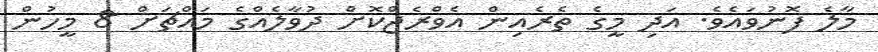
މާލެ ފޮނުވައެވެ. އަދި މީގެ ތެރެއިން އެވްރެޖްކޮށް ދުވާލެއްގެ މައްޗަށް 8 މީހުން